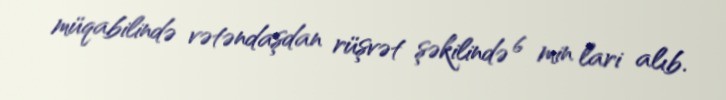
müqabilində vətəndaşdan rüşvət şəkilində 6 min lari alıb.